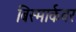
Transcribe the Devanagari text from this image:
बिस्मार्कवर